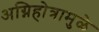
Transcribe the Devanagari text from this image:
अग्निहोत्रामुळे